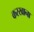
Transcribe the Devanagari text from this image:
करखाना